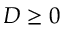
D \geq 0